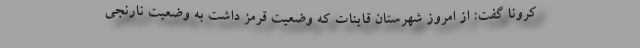
کرونا گفت: از امروز شهرستان قاینات که وضعیت قرمز داشت به وضعیت نارنجی